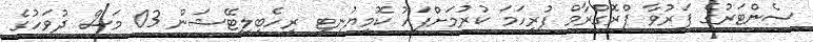
ސެންޓަރުގެ ފަރުވާ ޕްރޮގްރާމް ފުރިހަމަ ކުރުމަށްފަހު ކޮމިޔުނިޓީ ރީހެބިލިޓޭޝަން 03 މަސް ދުވަހުގެ